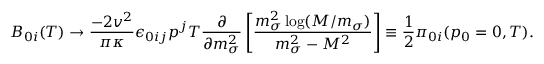
B _ { 0 i } ( T ) \rightarrow \frac { - 2 v ^ { 2 } } { \pi \kappa } \epsilon _ { 0 i j } p ^ { j } T \frac { \partial } { \partial m _ { \sigma } ^ { 2 } } \left[ \frac { m _ { \sigma } ^ { 2 } \log ( M / m _ { \sigma } ) } { m _ { \sigma } ^ { 2 } - M ^ { 2 } } \right] \equiv \frac { 1 } { 2 } { \cal { \pi } } _ { 0 i } ( p _ { 0 } = 0 , T ) .